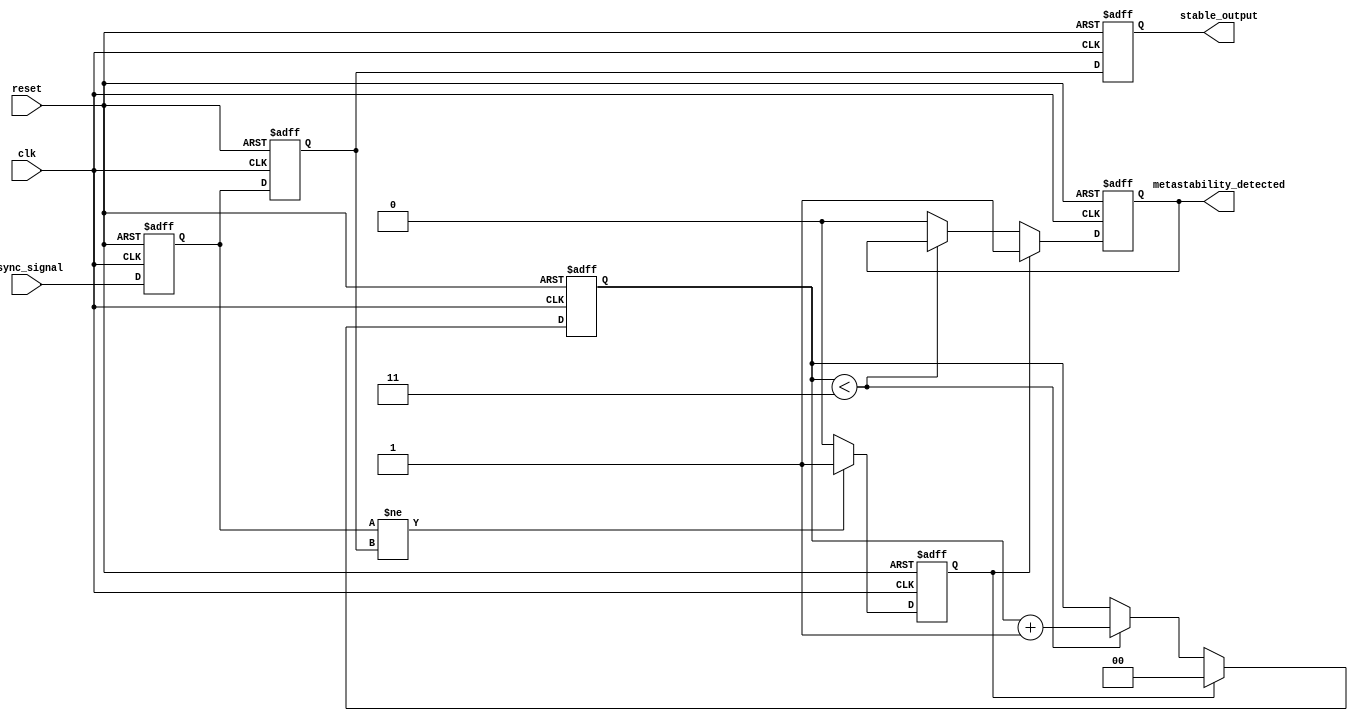
module metastability_detector (
    input wire clk,                // Clock signal
    input wire async_signal,       // Asynchronous input signal
    input wire reset,              // Reset signal
    output reg metastability_detected, // Metastability detection flag
    output reg stable_output        // Stable output from the second flip-flop
);

    // Internal signals
    reg ff1_out;                  // Output of the first flip-flop
    reg ff2_out;                  // Output of the second flip-flop
    reg pulse;                    // Pulse signal for metastability detection
    reg [1:0] stable_counter;     // Counter to monitor stable cycles

    // Flip-flops to sample the asynchronous input signal
    always @(posedge clk or posedge reset) begin
        if (reset) begin
            ff1_out <= 1'b0;
            ff2_out <= 1'b0;
            metastability_detected <= 1'b0;
            stable_output <= 1'b0;
            pulse <= 1'b0;
            stable_counter <= 2'b00;
        end else begin
            ff1_out <= async_signal; // Sample async_signal
            ff2_out <= ff1_out;      // Sample output of first flip-flop
            
            // Generate a pulse when ff1_out changes
            if (ff1_out != ff2_out) begin
                pulse <= 1'b1; // Set pulse high when there's a change
            end else begin
                pulse <= 1'b0; // Reset pulse otherwise
            end
            
            // Metastability detection logic
            if (pulse) begin
                stable_counter <= 2'b00; // Reset counter on pulse
                metastability_detected <= 1'b1; // Assert flag
            end else if (stable_counter < 2'b11) begin
                stable_counter <= stable_counter + 1'b1; // Increment counter if stable
            end else begin
                metastability_detected <= 1'b0; // Clear flag after stable cycles
            end
            
            // Update stable output
            stable_output <= ff2_out;
        end
    end

endmodule